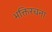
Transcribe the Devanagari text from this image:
भक्तिरचना